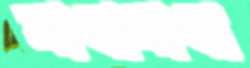
মাখামাখা